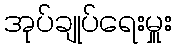
အုပ်ချုပ်ရေးမှူး